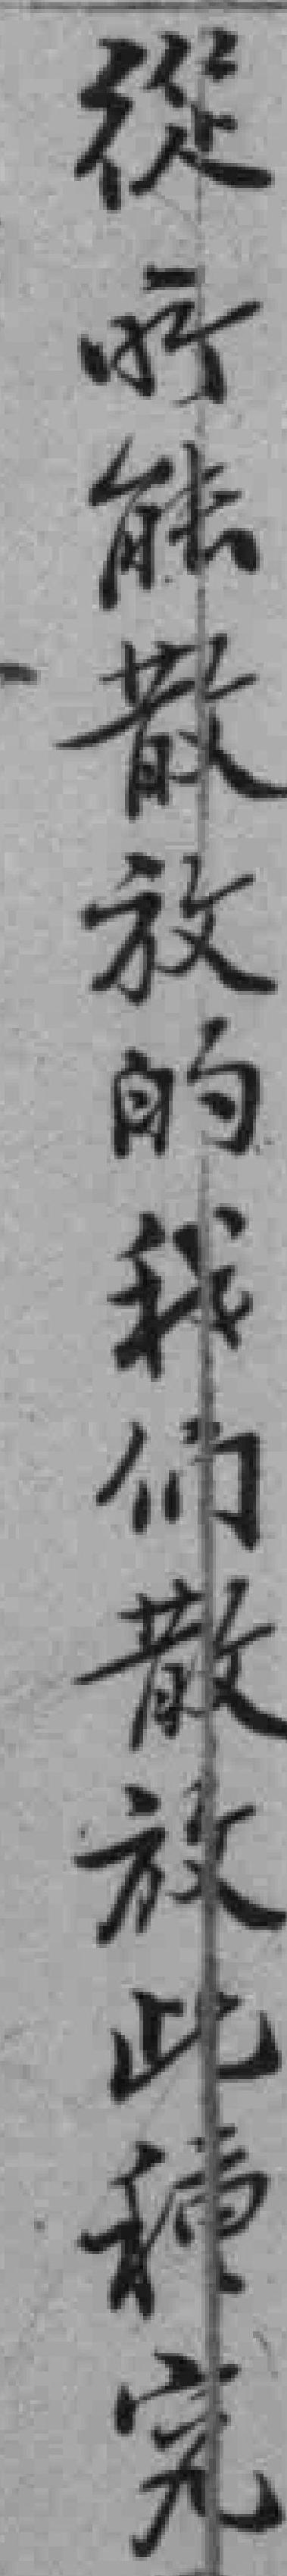
從所能散放的我们散放此種究